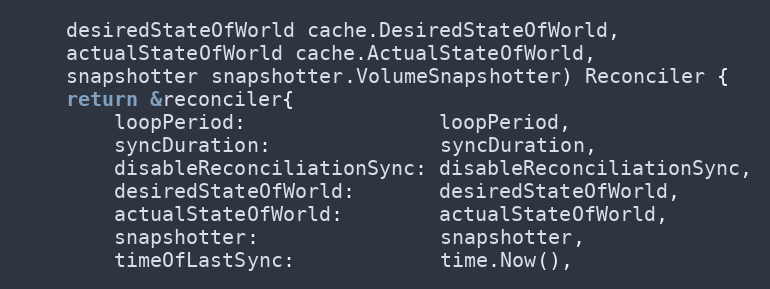
Language: Go
	desiredStateOfWorld cache.DesiredStateOfWorld,
	actualStateOfWorld cache.ActualStateOfWorld,
	snapshotter snapshotter.VolumeSnapshotter) Reconciler {
	return &reconciler{
		loopPeriod:                loopPeriod,
		syncDuration:              syncDuration,
		disableReconciliationSync: disableReconciliationSync,
		desiredStateOfWorld:       desiredStateOfWorld,
		actualStateOfWorld:        actualStateOfWorld,
		snapshotter:               snapshotter,
		timeOfLastSync:            time.Now(),